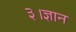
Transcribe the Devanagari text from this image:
३।ज्ञान